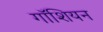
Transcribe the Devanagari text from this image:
गॉशियन